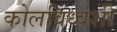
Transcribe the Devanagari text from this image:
कोलविंध्वंशी